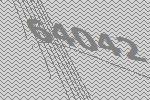
64042